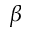
\beta